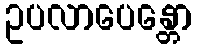
ဥပလာပေန္တော